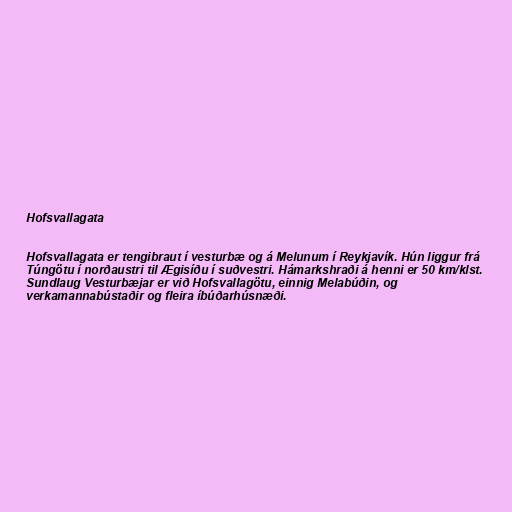
Hofsvallagata

Hofsvallagata er tengibraut í vesturbæ og á Melunum í Reykjavík. Hún liggur frá
Túngötu í norðaustri til Ægisíðu í suðvestri. Hámarkshraði á henni er 50 km/klst.
Sundlaug Vesturbæjar er við Hofsvallagötu, einnig Melabúðin, og
verkamannabústaðir og fleira íbúðarhúsnæði.